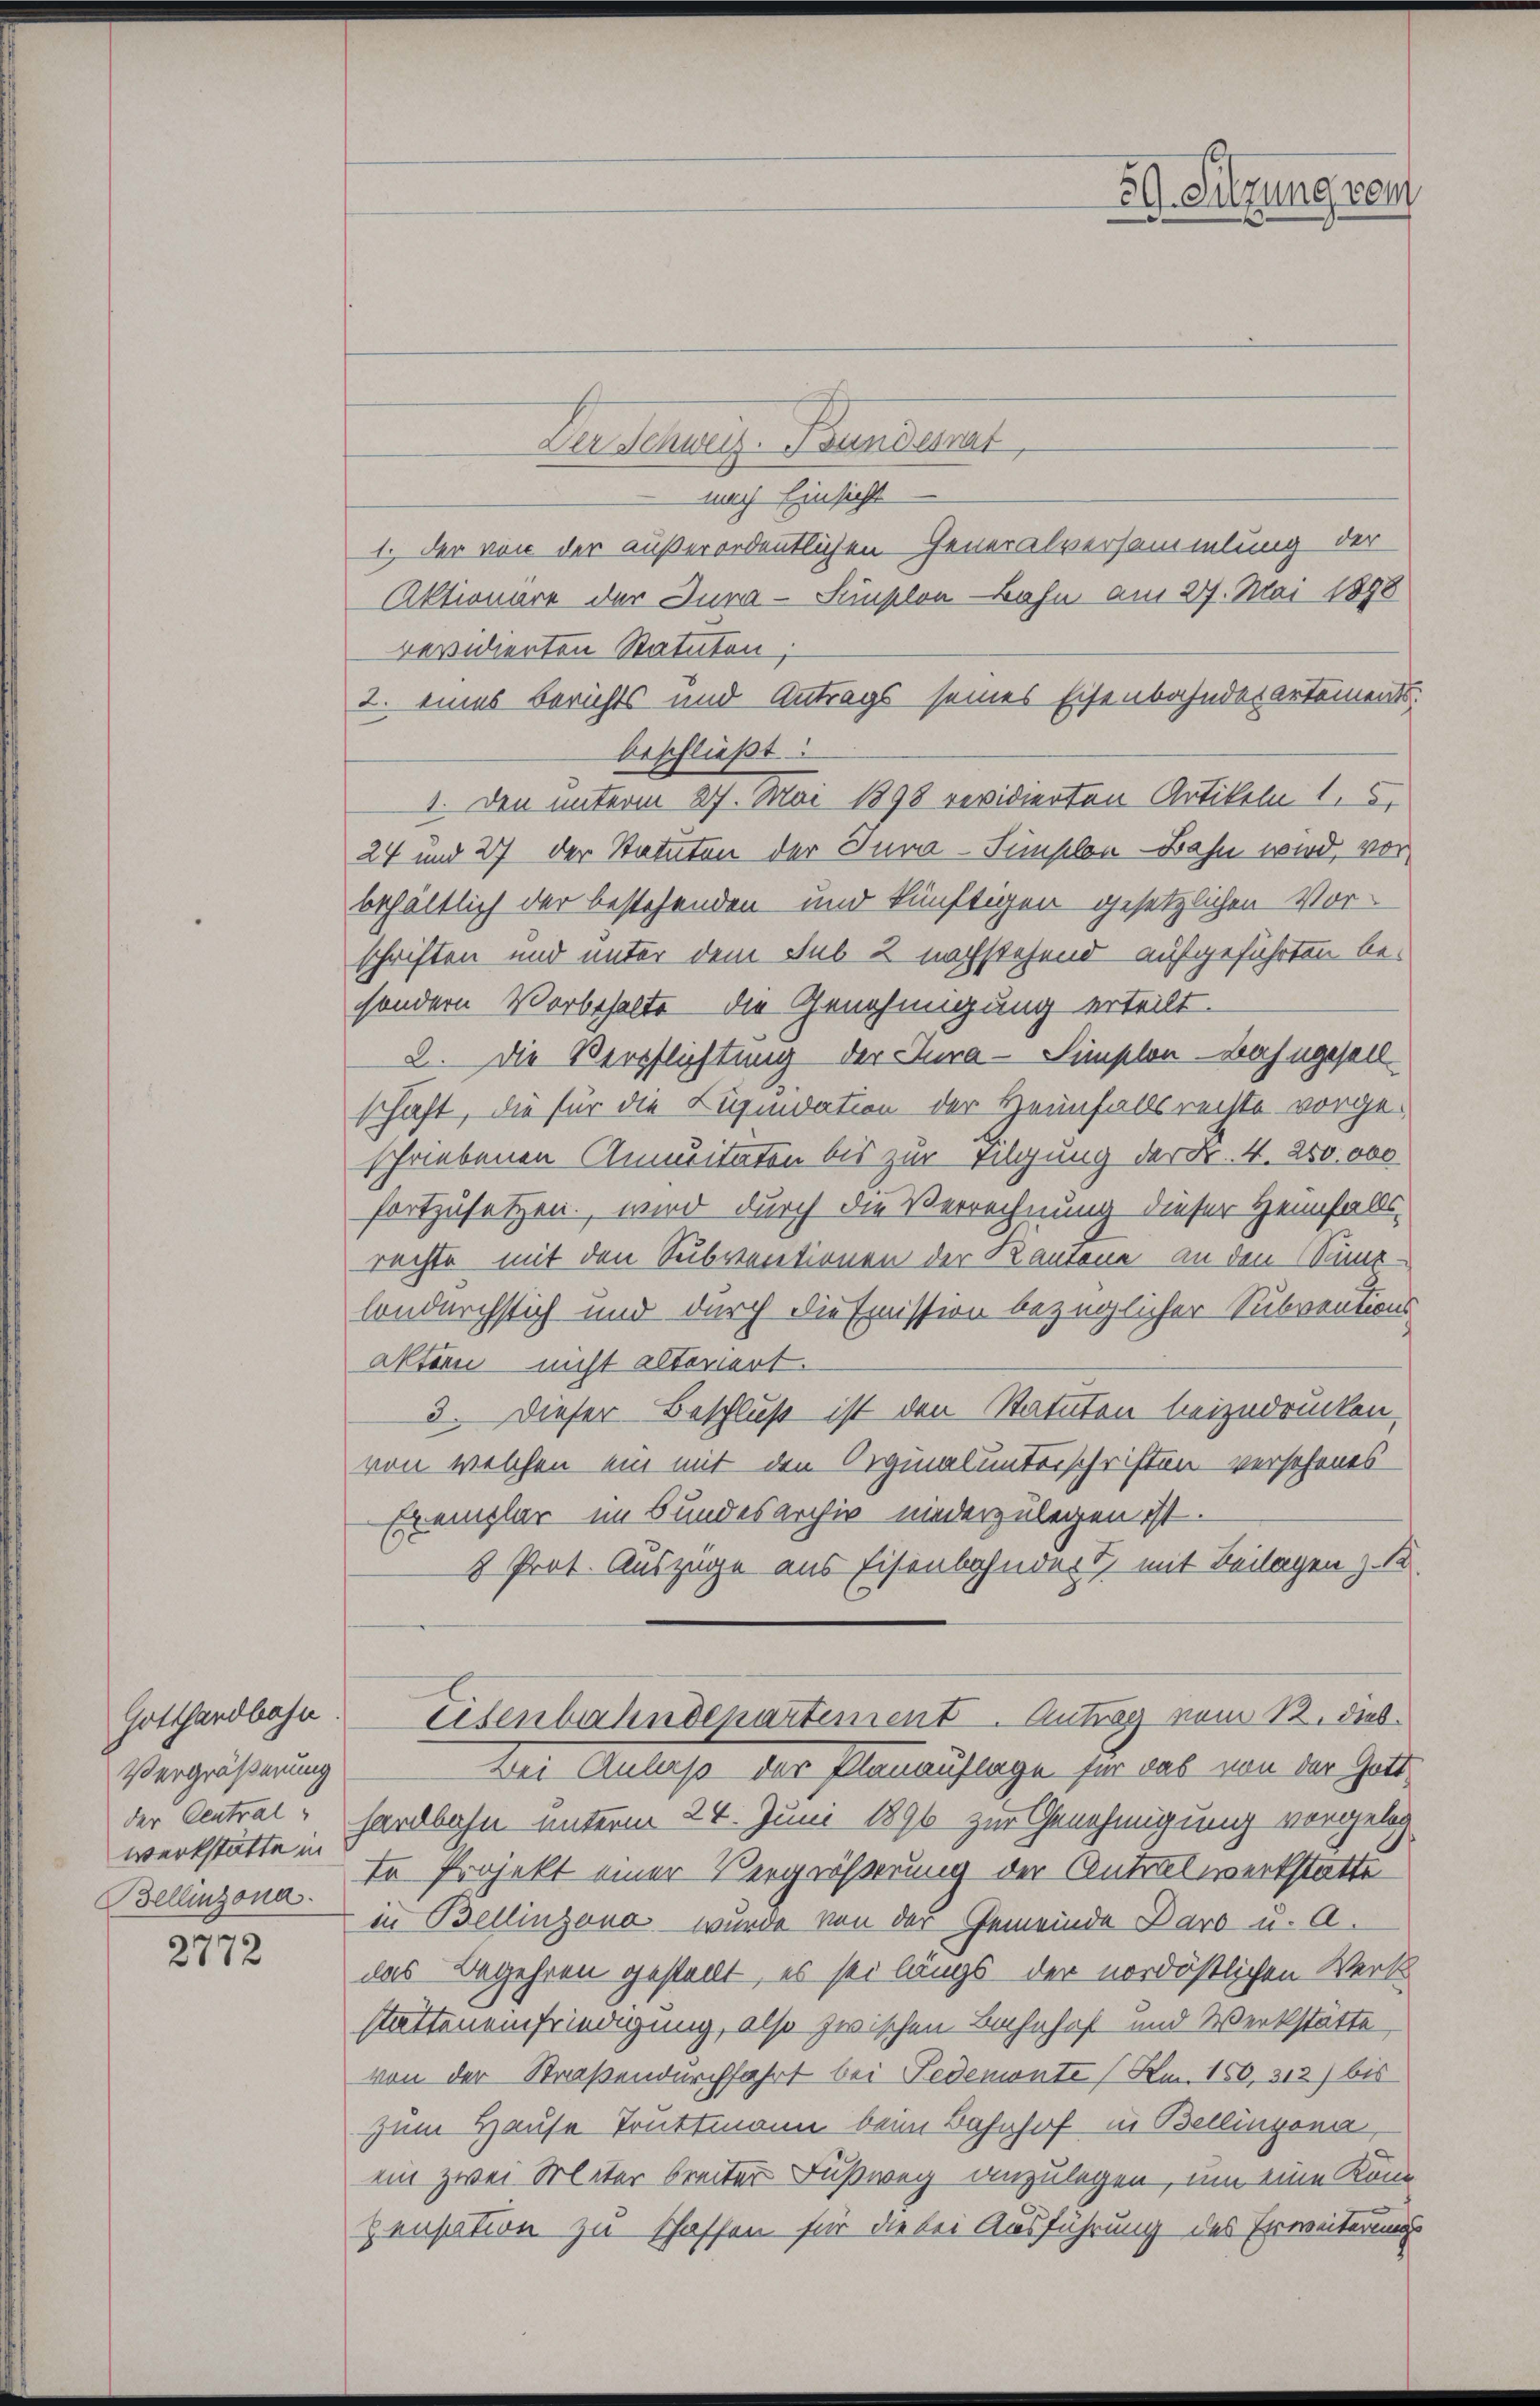
Gotthardbahn
Vergrößerung
der Central
werkstatte in
Bellinzona.

2772

Der Schweiz. Bundernat
nach Einsicht
1. Der von der außerordentlichen Generalversammlung der
Aktionare der Jura-Simplon Bahn am 27. Mai 1898
revidierten Statuten;
2. eines Berichts und Antrags seines Eisenbahnderartements
beschließt:
1. Den unterm 27. Mai 1898 revidierten Artikeln 1. 5
24 und 27 der Statuten der Tura-Fünschen Bahn wird, vor
behältlich der bestehenden und künftigen gesetzlichen Vorschriften und unter dem Sub 2 nachstehend aufgeführten besondern Vorbehalte die Genehmigung erteilt.
2. Die Verpflichtung der Jura-Simplon - Bahngesell
schäft, die für die Liquidation der Heimfallsrechte vorgeschriebenen Anmeitaten bis zur Tilgung der Fr. 4. 250.000
fortzusetzen, wird durch die Verrechnung dieser Heimfallsrechte mit den Subventionen der Kantone an den Kinlondurchstich und durch die Emission bezüglicher Subventions
aktor nicht alteriert.
3. Dieser Beschluß ist den Statuten beizudrücken,
von welchen ein mit den Originalunterschriften verschenes
Exemplar im Bundesarchiv niederzulegen ist.
8 Prot. Auszüge aus Eisenbahndert, mit Beilagen z. B
Eisenbahndepartement. Antrag vom 12. Dieb¬
Bei Anlaß der Planauflage für das von der Gotthardbahn unterm 24. Juni 1896 zur Genehmigung vorgeleg
te Projekt einer Vergrößerung der Antralwerkstatte
in Bellinzona wurde von der Gemeinde Daro u. A.
das Begehren gestellt, es sei längs der nordöstlichen Werk
stätteneinfriedigung, also zwischen Bahnhof und Werkstätte,
von der Straßendurchfahrt bei Fedemonte (Am. 150, 312) bis
zum Hause Truttmann beim Bahnhof in Bellingena
ein zwei Militer breiter Fußweg anzulegen, um eine Konn
pensation zu schaffen für die bei Ausführung des Erweiterungs

59. Sitzung vom